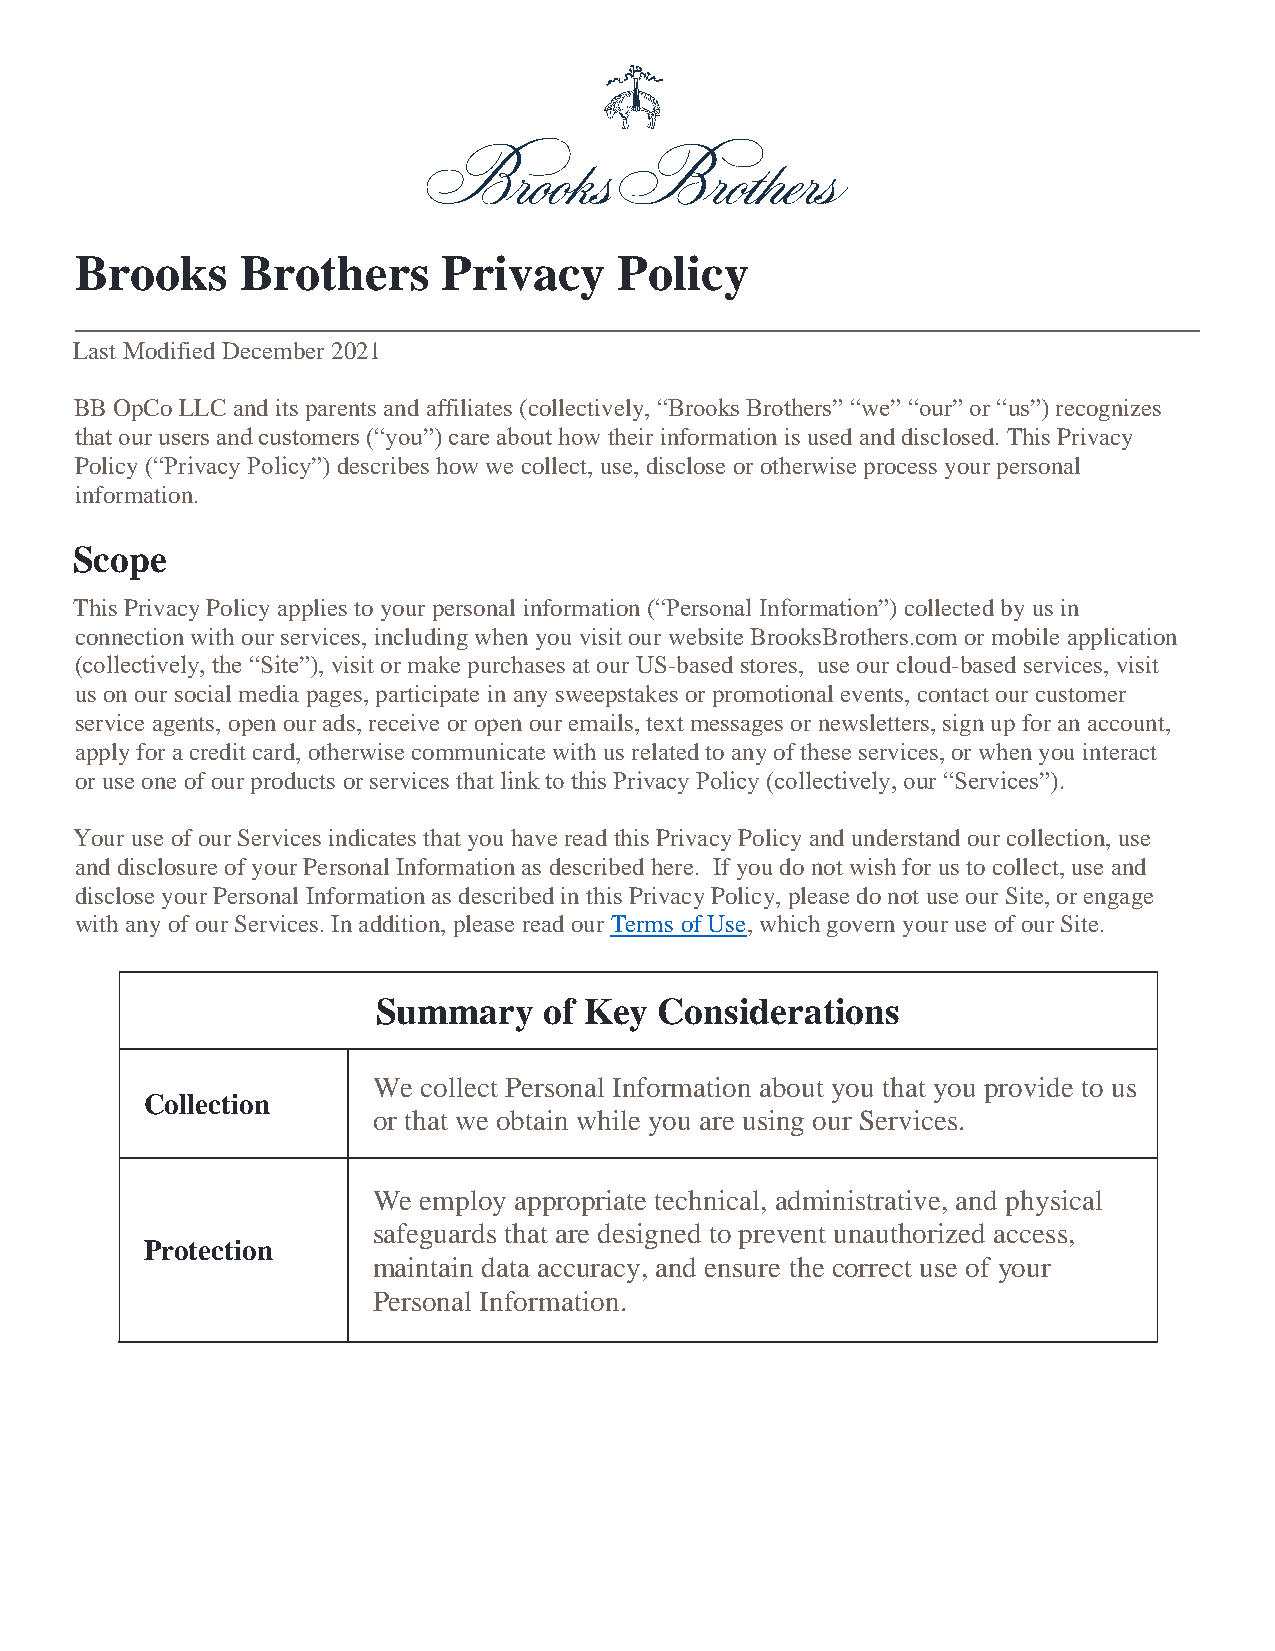
Brooks     Brothers     Privacy     Policy
 Last Modified December 2021
 BB OpCo LLC and its parents and affiliates (collectively, “Brooks Brothers” “we” “our” or “us”) recognizes
 that our users and customers (“you”) care about how their information is used and disclosed. This Privacy
 Policy (“Privacy Policy”) describes how we collect, use, disclose or otherwise process your personal
 information.
 Scope
 This Privacy Policy applies to your personal information (“Personal Information”) collected by us in
 connection with our services, including when you visit our website BrooksBrothers.com or mobile application
 (collectively, the “Site”), visit or make purchases at our US-based stores, use our cloud-based services, visit
 us on our social media pages, participate in any sweepstakes or promotional events, contact our customer
 service agents, open our ads, receive or open our emails, text messages or newsletters, sign up for an account,
 apply for a credit card, otherwise communicate with us related to any of these services, or when you interact
 or use one of our products or services that link to this Privacy Policy (collectively, our “Services”).
 Your use of our Services indicates that you have read this Privacy Policy and understand our collection, use
 and disclosure of your Personal Information as described here. If you do not wish for us to collect, use and
 disclose your Personal Information as described in this Privacy Policy, please do not use our Site, or engage
 with any of our Services. In addition, please read our Terms of Use, which govern your use of our Site.
 Summary    of Key  Considerations
 We collect Personal Information about you that you provide to us
 Collection
 or that we obtain while you are using our Services.
 We employ appropriate technical, administrative, and physical
 safeguards that are designed to prevent unauthorized access,
 Protection
 maintain data accuracy, and ensure the correct use of your
 Personal Information.